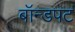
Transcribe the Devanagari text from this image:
बॉन्डपट